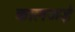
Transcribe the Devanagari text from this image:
कालजई